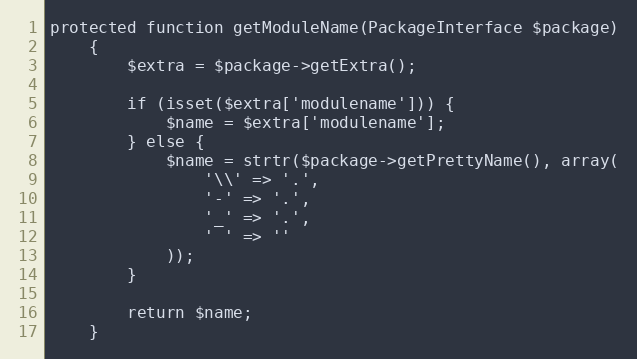
Language: PHP
protected function getModuleName(PackageInterface $package)
    {
        $extra = $package->getExtra();

        if (isset($extra['modulename'])) {
            $name = $extra['modulename'];
        } else {
            $name = strtr($package->getPrettyName(), array(
                '\\' => '.',
                '-' => '.',
                '_' => '.',
                ' ' => ''
            ));
        }

        return $name;
    }